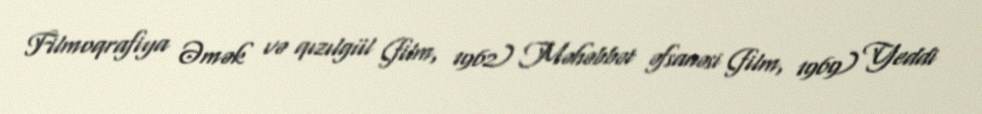
Filmoqrafiya Əmək və qızılgül (film, 1962) Məhəbbət əfsanəsi (film, 1969) Yeddi